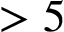
> 5